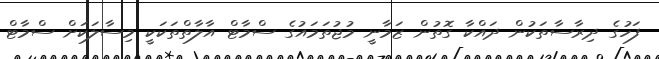
ފަހުގެ ދިރާސާތަކުން ދައްކާ ގޮތުން ޒަމާނީ މުޖުތަމައުގެ ސްމާޓް އާލާތްތަކަކީ މިސާލަކަށް ސްމާޓް